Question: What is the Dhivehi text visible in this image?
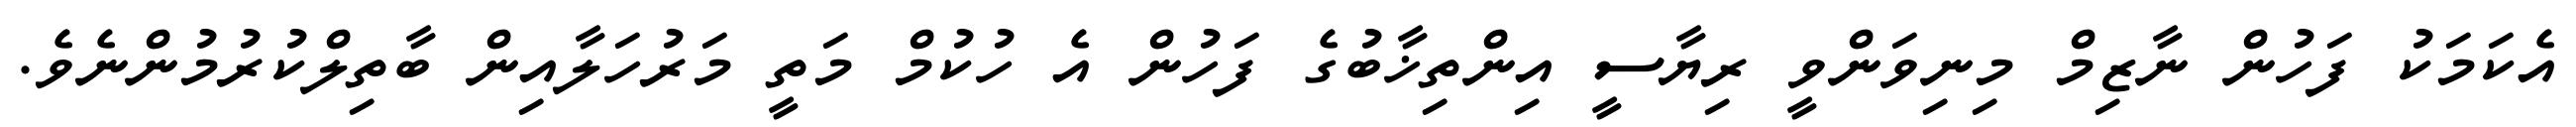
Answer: އެކަމަކު ފަހުން ނާޒިމް މިނިވަންވީ ރިޔާސީ އިންތިޚާބުގެ ފަހުން އެ ހުކުމް މަތީ މަރުހަލާއިން ބާތިލްކުރުމުންނެވެ.